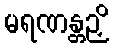
မရဏန္တဉှိ